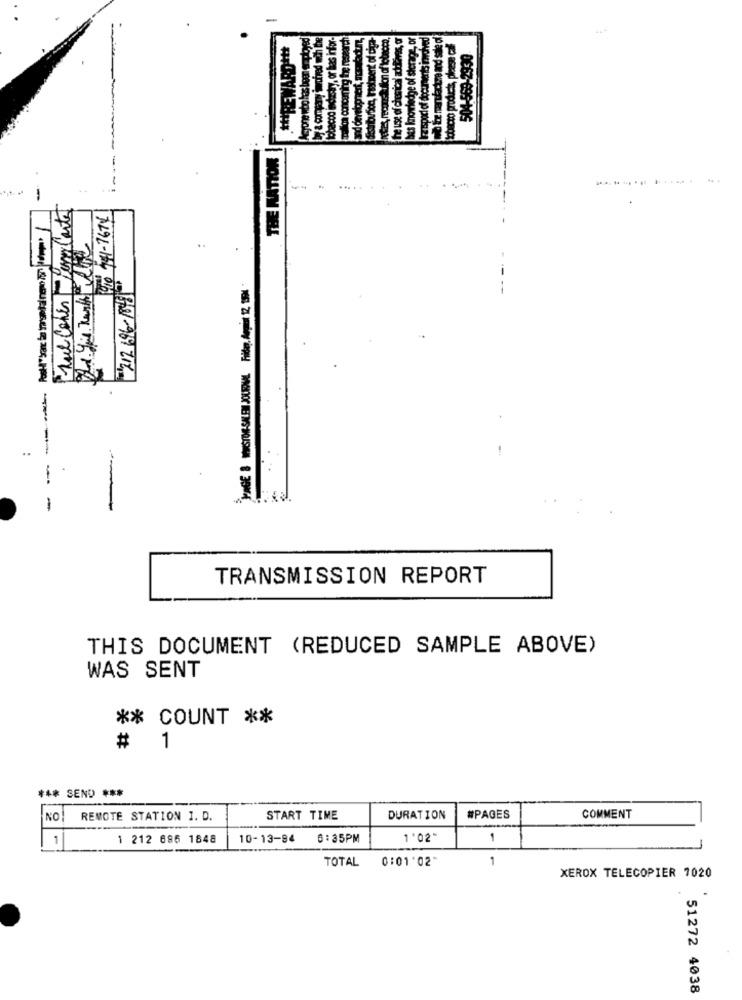
hets knowledge of storage, of
vb be manufacture and sale of
** REWARD+++
0667-695-105
THE RATIOR
... .
-
ALIL-14 011
..
---
-
-
TRANSMISSION REPORT
THIS DOCUMENT (REDUCED SAMPLE ABOVE)
WAS SENT
** COUNT **
# 1
*** SEND ***
NO!
REMOTE STATION I. D.
START TIME
DURATION
#PAGES
COMMENT
1 212 686 1848
10-13-94
6:35PM
1 '02"
1
1
TOTAL
0:01'02"
1
XEROX TELECOPIER 7020
51272 4038